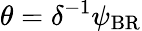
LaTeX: \theta=\delta^{-1}\psi_{\mathrm{{BR}}}